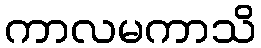
ကာလမကာသိ